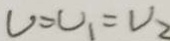
V = U _ { 1 } = U _ { 2 }